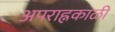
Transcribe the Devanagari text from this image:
अपराह्नकाळीं